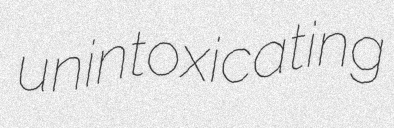
unintoxicating